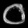
Digit: ၀